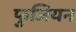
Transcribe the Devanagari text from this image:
फुजियन